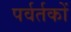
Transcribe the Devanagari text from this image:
पर्वर्तकों